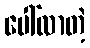
ပေါ်လာတဲ့